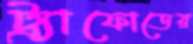
ট্র্যাফোডের